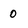
Character: 0